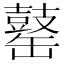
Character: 𪔕